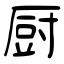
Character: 厨